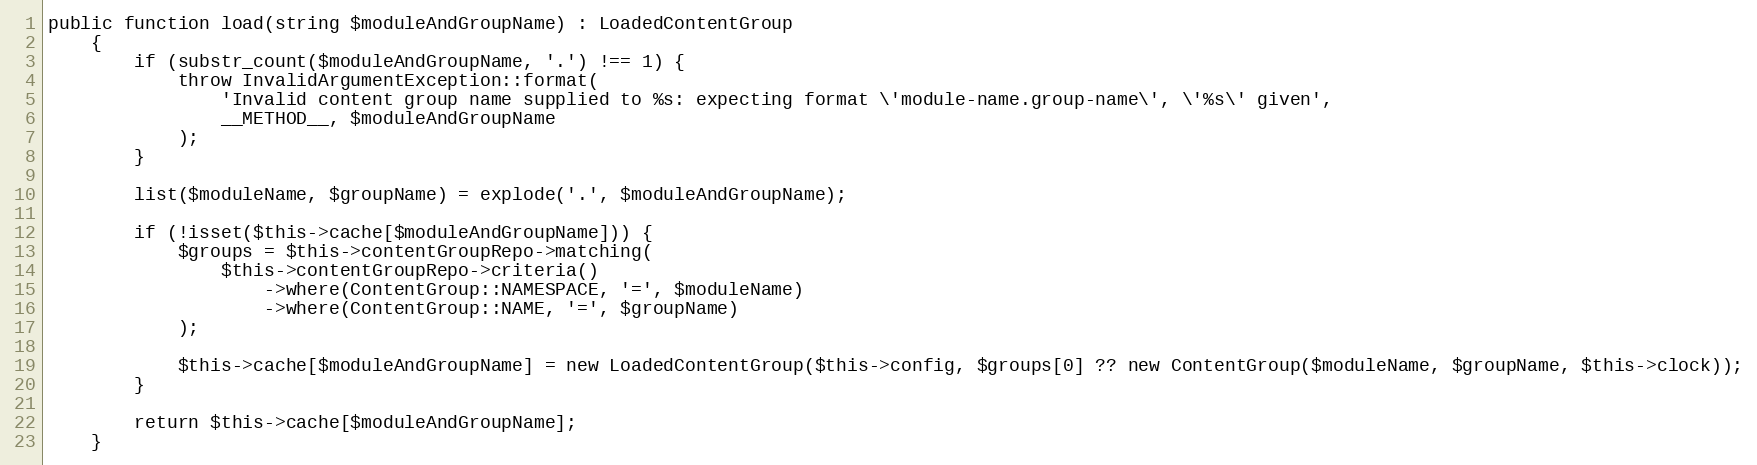
Language: PHP
public function load(string $moduleAndGroupName) : LoadedContentGroup
    {
        if (substr_count($moduleAndGroupName, '.') !== 1) {
            throw InvalidArgumentException::format(
                'Invalid content group name supplied to %s: expecting format \'module-name.group-name\', \'%s\' given',
                __METHOD__, $moduleAndGroupName
            );
        }

        list($moduleName, $groupName) = explode('.', $moduleAndGroupName);

        if (!isset($this->cache[$moduleAndGroupName])) {
            $groups = $this->contentGroupRepo->matching(
                $this->contentGroupRepo->criteria()
                    ->where(ContentGroup::NAMESPACE, '=', $moduleName)
                    ->where(ContentGroup::NAME, '=', $groupName)
            );

            $this->cache[$moduleAndGroupName] = new LoadedContentGroup($this->config, $groups[0] ?? new ContentGroup($moduleName, $groupName, $this->clock));
        }

        return $this->cache[$moduleAndGroupName];
    }